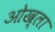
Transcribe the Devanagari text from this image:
ओख्ला